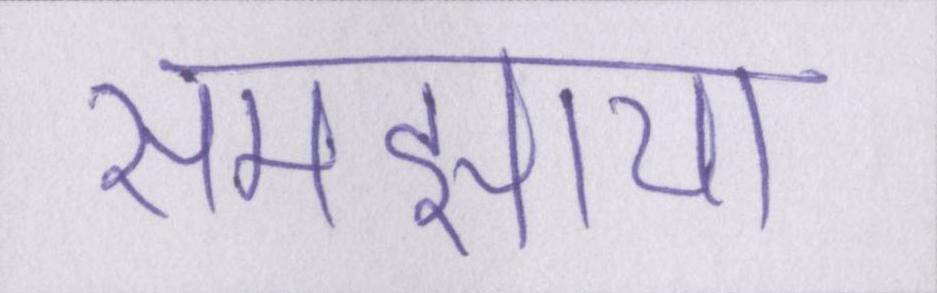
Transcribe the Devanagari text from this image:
समझाया